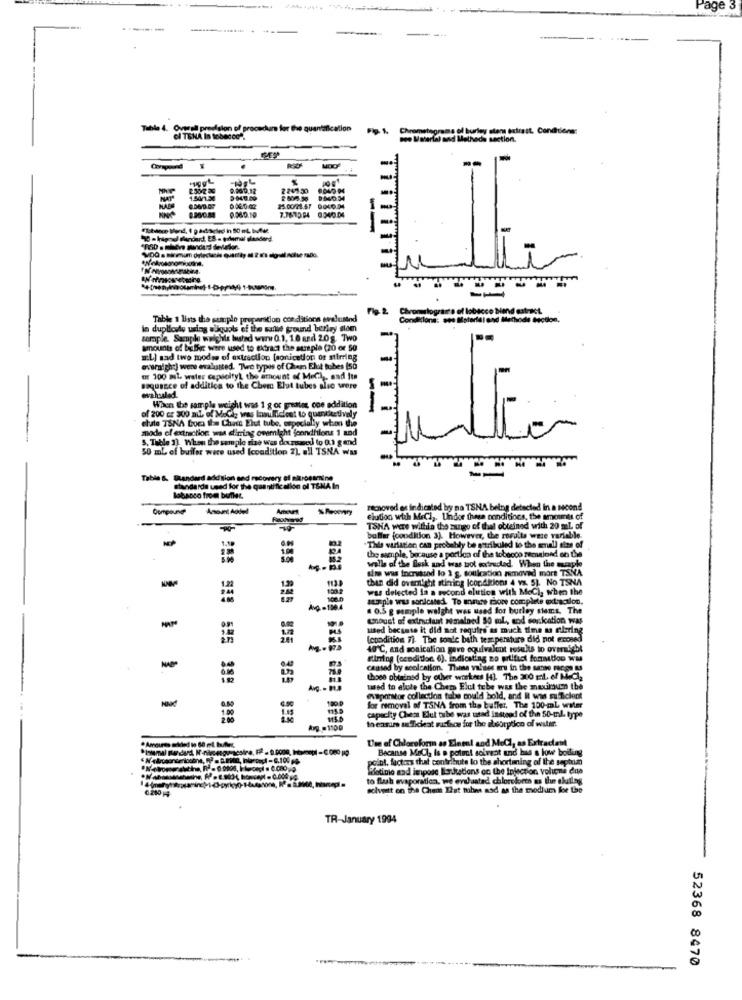
age
Table 4. Overall precision of procechar for the quantification
Fig. 1. Chromategrams of burley stens extrait. Conditions:
ol TENA In tobacco".
see Material and Methods section.
2 247.30
2 800.50
0000-02
7.761994 8040.04
--
18 - krignel fandard. ES . prlamal slenderd.
iiiiiiii
Table 1 lists the sample preparation conditions evalusind
Chromatograme et
in duplicado using Bliquots of the suite ground beriry stom
sample. Sample welchle huted www 0.1, 10 and 20g. Two
amounts of buffer were used to Ektract the surple (20 or 50
w:L] sad two modse of extraction [aonicetion or stirring
evernight) were evaluasted. Twee types of Chem Elot tubes [so
or 100 ml water capacityL the amount of Mech ,, and Its
ce of additica to the Chor Elut tubes alic were
When the sample weight was 1 g or greater, one addition
--
of 200 cz 300 all of MeÇiz was insufficient to quantiestivaly
chute TSNA boca the Chest Elut tube, especially when the
mode of extraction was dining onemight (conditions 1 and
S. Table 3). When the sample size was dounsmed to 0.3 g and
50 ml of buffer were used (condition 2), all TSNA was
Table &. Tandard addsion and recovery of nitrosamine
standarde used for the quantificallon ol T&NA In
lobanco from built
Compound
Amours
% Peoenry
removed es indicated by na TSNA being detected in a second
elution with MeCl ,. Undor these conditions, the amounts of
TSNA were within the sungo of thal obleined with 20 ml of
bullar (condition 3). However, the royalts were variable.
"This variation can probably be matribuled to the small ein
the sample, because a portion of the tobacco remained on the
walls of the flesk and was not extracted. When the mcphe
sims was tocrukind lo 1 g. soulcation removed more TSNA
than did oventight stirring Iconditions 4 vs. 5). No TSNA
12
was delected in a second elution with MeCi, when the
sample was sonicated. To maure more complete extraction.
Avg-1004
. 0.5 g sample weight was used for burley stems. The
Coust of extradiant somalned 50 ml, sod sonication was
used because it did not require as much time as stering
(condition 7). The sonic bath temperature did not ernosed
40 ℃, and sonication gave equivalent results to overnight
during (condition. 6), indicating no artifici formation was
caused by scolcation. These values are in the sanse racge &
those obtained by other workers (4). The 300 EL. of MeCla
Avg. - PUB
used to clute the Chem Elut tebe was the maximun the
-
evaporator collection tube could hold, and It was suficlont
for removal of TSNA from the buffer, The 100-ml water
capacity Chem Elul tube was usad instead of the 50-ml. type
Ang.#1100
theasime sufficient sarfece for the aleorptico of wiler.
Um of Chloroform an Elneal aod MoCi, as Extractant
Becanse MaCla Is a potat soivent and bus s low boilingg
cint. factors that contribute to the shortmning of the septum
Wiatimo and impose Bordtations on the Injection volume
to flush evaporation, me evaluated chloroform as the sluting
solveit on the Cham That mhes asd as the modium loe the
TR-January 1994
52368 8470